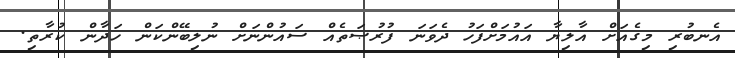
އެނބުރި މިގެއަށް އާލިޔާ އައުމަށްފަހު ދެވަނަ ފުރުޞަތެއް ސައުންނަށް ނުލިބޭންކަން ހަދާން ކުރާތި.